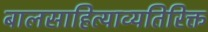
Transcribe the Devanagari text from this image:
बालसाहित्याव्यतिरिक्त